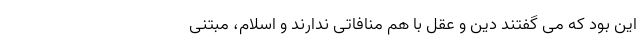
این بود که می گفتند دین و عقل با هم منافاتی ندارند و اسلام، مبتنی